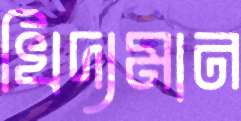
খিদ্যমান